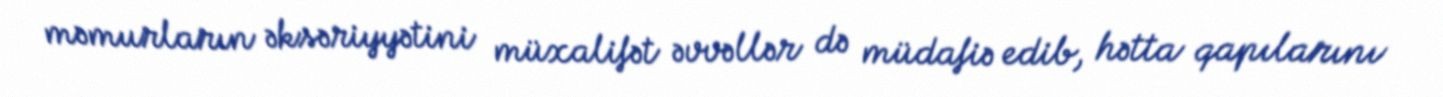
məmurların əksəriyyətini müxalifət əvvəllər də müdafiə edib, hətta qapılarını